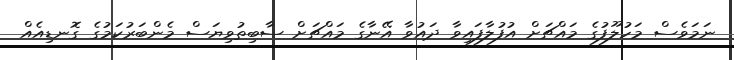
ނަމަވެސް މަހުލޫފުގެ މައްޗަށް އުފުލާފައިވާ ދައުވާ އޭނާގެ މައްޗަށް ސާބިތުވިޔަސް މެންބަރުކަމުގެ ގޮނޑިއެއް